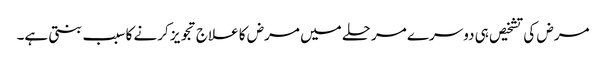
مرض کی تشخیص ہی دوسرے مرحلے میں مرض کا علاج تجویز کرنے کا سبب بنتی ہے۔